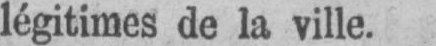
légitimes de la ville.